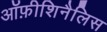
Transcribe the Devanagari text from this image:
ऑफ़ीशिनैलिस